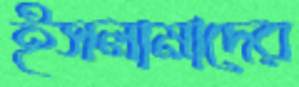
ইসলামাদের